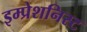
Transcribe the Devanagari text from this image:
इम्प्रेशनिस्ट